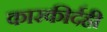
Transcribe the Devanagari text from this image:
कारकीर्दही